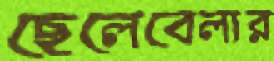
ছেলেবেলার